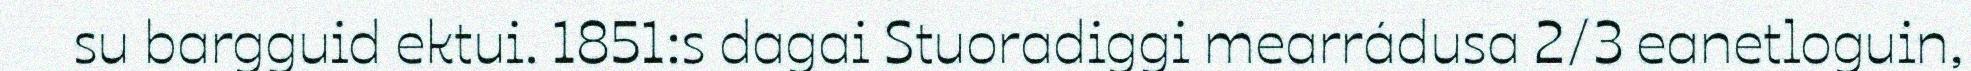
su bargguid ektui. 1851:s dagai Stuoradiggi mearrádusa 2/3 eanetloguin,